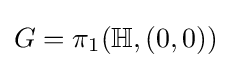
G=\pi _{1}(\mathbb {H} ,(0,0))